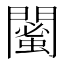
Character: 𨶣